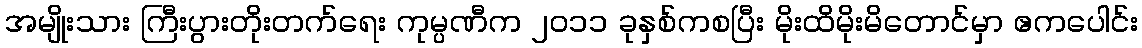
အမျိုးသား ကြီးပွားတိုးတက်ရေး ကုမ္ပဏီက ၂၀၁၁ ခုနှစ်ကစပြီး မိုးထိမိုးမိတောင်မှာ ဧကပေါင်း